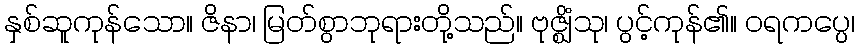
နှစ်ဆူကုန်သော။ ဇိနာ၊ မြတ်စွာဘုရားတို့သည်။ ဗုဇ္ဈိံသု၊ ပွင့်ကုန်၏။ ဝရကပ္ပေ၊